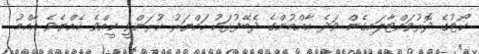
ކޯޓުގެ ދޮރުވައްޓާލައިގެން ވަދެ އާއްމުންގެ ދެބޭފުޅަކު ހައްޔަރު ކުރަންވީ ކީއްވެ ހެއްޔެވެ އާއްމު